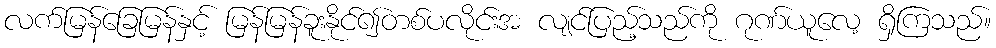
လက်မြန်ခြေမြန်နှင့် မြန်မြန်ခူးနိုင်၍တစ်ပလိုင်းအ လျင်ပြည့်သည်ကို ဂုဏ်ယူလေ့ ရှိကြသည်။